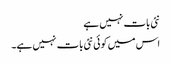
نئی بات نہیں ہے
اس میں کوئی نئی بات نہیں ہے۔